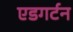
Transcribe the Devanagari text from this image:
एडगर्टन